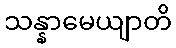
သန္နာမေယျာတိ